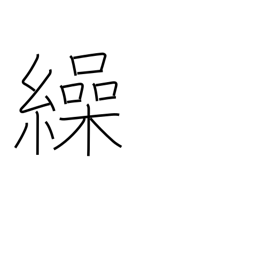
Meaning: refer to